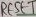
Text: RESET